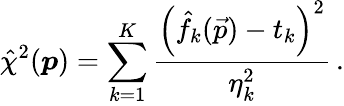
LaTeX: \hat{\chi}^{2}(\boldsymbol{p})=\sum_{k=1}^{K}\frac{\left(\hat{f}_{k}(\vec{p})-t_{k}\right)^{2}}{\eta_{k}^{2}}\, .